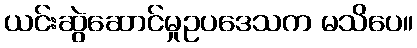
ယင်းဆွဲဆောင်မှုဥပဒေသက မသိပေ။